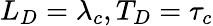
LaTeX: L_{D}=\lambda_{c},T_{D}=\tau_{c}